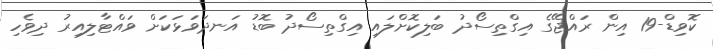
ކޮވިޑް-19 އިން ރައްޖޭގެ އިގްތިސޯދު ބަލިކޮށްލައި އިގްތިސޯދު ބޮޑު އަނދަވަޅަކަށް ވައްޓާލިއިރު ދިވެހި